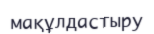
мақұлдастыру